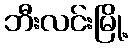
ဘီးလင်းမြို့